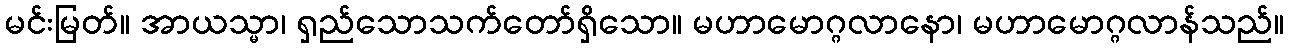
မင်းမြတ်။ အာယသ္မာ၊ ရှည်သောသက်တော်ရှိသော။ မဟာမောဂ္ဂလာနော၊ မဟာမောဂ္ဂလာန်သည်။